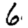
Digit: 6